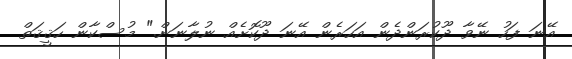
އޭނަ ފަހު ނޭވާ ދޫކުރަންދެން އަހަރެން އޭނަ ދޫކޮށެއް ނުލާނަން." މުސްކާން ހަޤީޤަތް